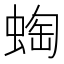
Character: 蜪